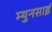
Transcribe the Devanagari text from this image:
म्युनसाई